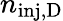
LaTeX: n_{\mathrm{inj,D}}